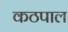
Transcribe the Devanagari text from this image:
कठपाल